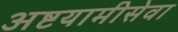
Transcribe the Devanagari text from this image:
अष्टयामीसेवा